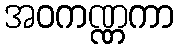
အဝကဏ္ဏကာ